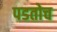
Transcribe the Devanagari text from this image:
पडतोच